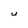
Character: U